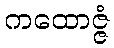
ကထောဇ္ဇံ